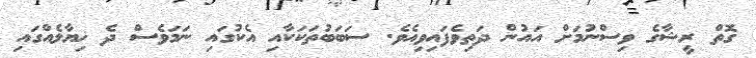
ގޮތް ރީޝާގެ ވިސްނުމަށް އައުުން ދަތިވެފައިވިއެވެ. ސަބަބުތަކަކާއި އެކުގައި ނަމަވެސް ދެ ޚިޔާލެއްގައި